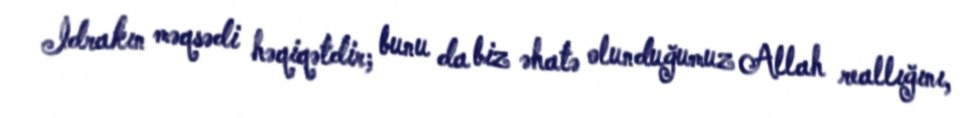
İdrakın məqsədi həqiqətdir; bunu da biz əhatə olunduğumuz Allah reallığını,